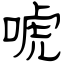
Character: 唬